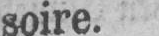
soire.